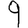
Digit: 9